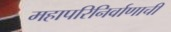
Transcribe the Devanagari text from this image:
महापरिनिर्वाणाची